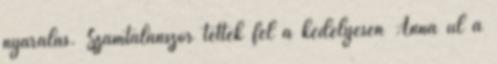
nyaralás. Számtalanszor tették fel a kedélyesen Anna ül a